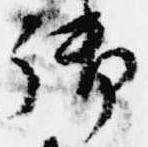
御